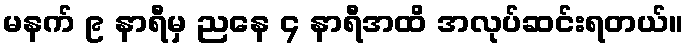
မနက် ၉ နာရီမှ ညနေ ၄ နာရီအထိ အလုပ်ဆင်းရတယ်။